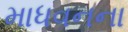
માધવનના